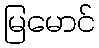
မြမောင်